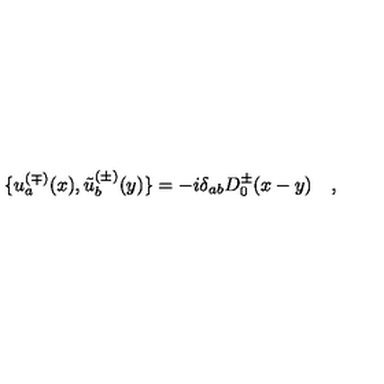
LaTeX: \{ u _ { a } ^ { ( \mp ) } ( x ) , \tilde { u } _ { b } ^ { ( \pm ) } ( y ) \} = - i \delta _ { a b } D _ { 0 } ^ { \pm } ( x - y ) \quad ,